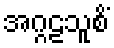
အဂ္ဂဠသူစိံ